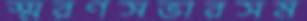
স্মরণসভারসম